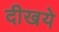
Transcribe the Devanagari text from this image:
दीखये